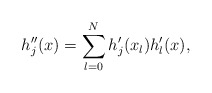
\begin{align*}h_j''(x)=\sum_{l=0}^N h_j'(x_l) h_l'(x),\end{align*}